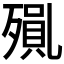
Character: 𭮝